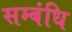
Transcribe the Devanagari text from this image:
सम्बंधि